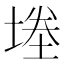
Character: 堘